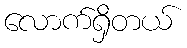
လောက်ရှိတယ်